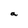
Character: a